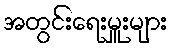
အတွင်းရေးမှူးများ